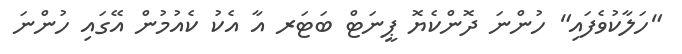
"ހަލާކުވެފައި" ހުންނަ ދޮންކެޔޮ ޕީނަޓް ބަޓަރ އާ އެކު ކެއުމުން އޭގައި ހުންނަ